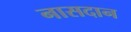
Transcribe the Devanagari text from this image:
नासदान